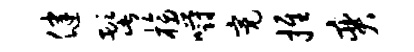
健髭榜嚼亮推奕